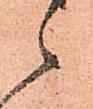
候